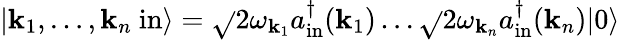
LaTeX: \left|\mathbf{k}_{1},\ldots,\mathbf{k}_{n}\ \mathrm{{in}}\right\rangle={\sqrt{}{{2\omega_{\mathbf{k}_{1}}}}}a_{\mathrm{{in}}}^{\dagger}(\mathbf{{\mathbf{k}}}_{1})\ldots{\sqrt{}{{2\omega_{\mathbf{k}_{n}}}}}a_{\mathrm{{in}}}^{\dagger}(\mathbf{{\mathbf{k}}}_{n})|0\rangle